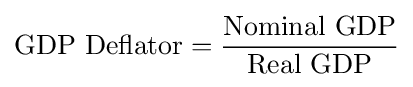
{\mbox{GDP Deflator}}={\frac {\mbox{Nominal GDP}}{\mbox{Real GDP}}}